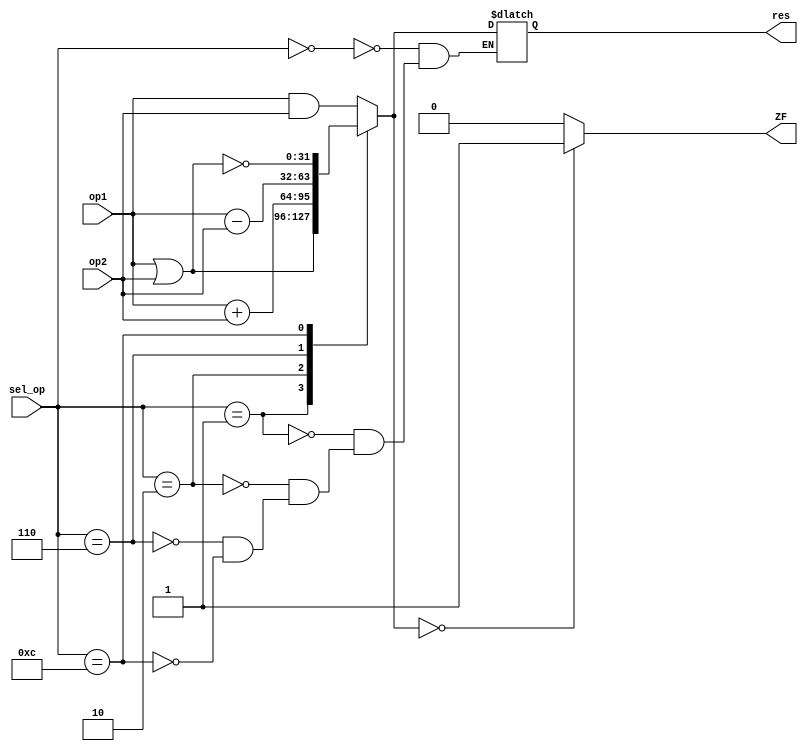
`timescale 1ns / 1ps
//////////////////////////////////////////////////////////////////////////////////
// Company: Universidad de Gualadajara
// 
// Design Name: ALU
// Module Name: ALU
// Project Name: Processor 
// Target Devices: 
// Tool Versions: 
// Description: 
// 
// Dependencies: 
// 
// Revision:
// Revision 0.01 - File Created
// Additional Comments:
// 
//////////////////////////////////////////////////////////////////////////////////


module ALU(
	   input [31:0] op1,op2,
	   input [3:0] sel_op,
	   output reg [31:0] res,
	   output reg ZF
    );
    
	always@(op1 or op2 or sel_op)
	begin
		case(sel_op)
		    4'b0000: res =   op1 & op2;
		    4'b0001: res =   op1 | op2;
			4'b0010: res =   op1 + op2;
			4'b0110: res =   op1 - op2;
		//	4'b0111: res =   set on less than
			4'b1100: res =   ~(op1 | op2);

		endcase//END sel_op
		
		if(res == 32'b00000000000000000000000000000000)
		  ZF = 1'b1;
		else
		  ZF = 1'b0;
	end//END always@
endmodule